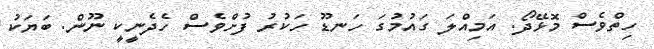
ހިތްވެސް މޮޅޭދޯ. އަމިއްލަ ގައުމުގަ ހަނޑޫ ހަކުރު ފުށްވެސް ހެދެނީކީ ނޫން. ބަޔަކު